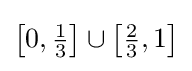
{\textstyle \left[0,{\frac {1}{3}}\right]\cup \left[{\frac {2}{3}},1\right]}